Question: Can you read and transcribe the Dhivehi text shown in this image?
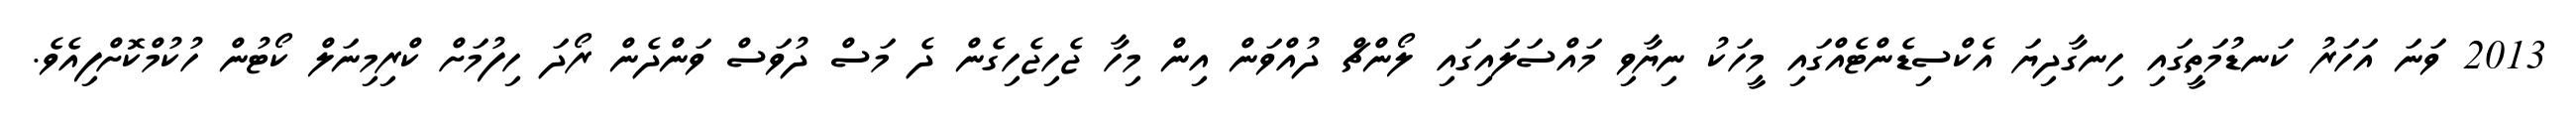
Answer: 2013 ވަނަ އަހަރު ކަނޑުމަތީގައި ހިނގާދިޔަ އެކްސިޑެންޓެއްގައި މީހަކު ނިޔާވި މައްސަލައިގައި ލޯންޗް ދުއްވަން އިން މިހާ ޖެހިޖެހިގެން ދެ މަސް ދުވަސް ވަންދެން ރޯދަ ހިފުމަށް ކްރިމިނަލް ކޯޓުން ހުކުމްކޮށްފިއެވެ.